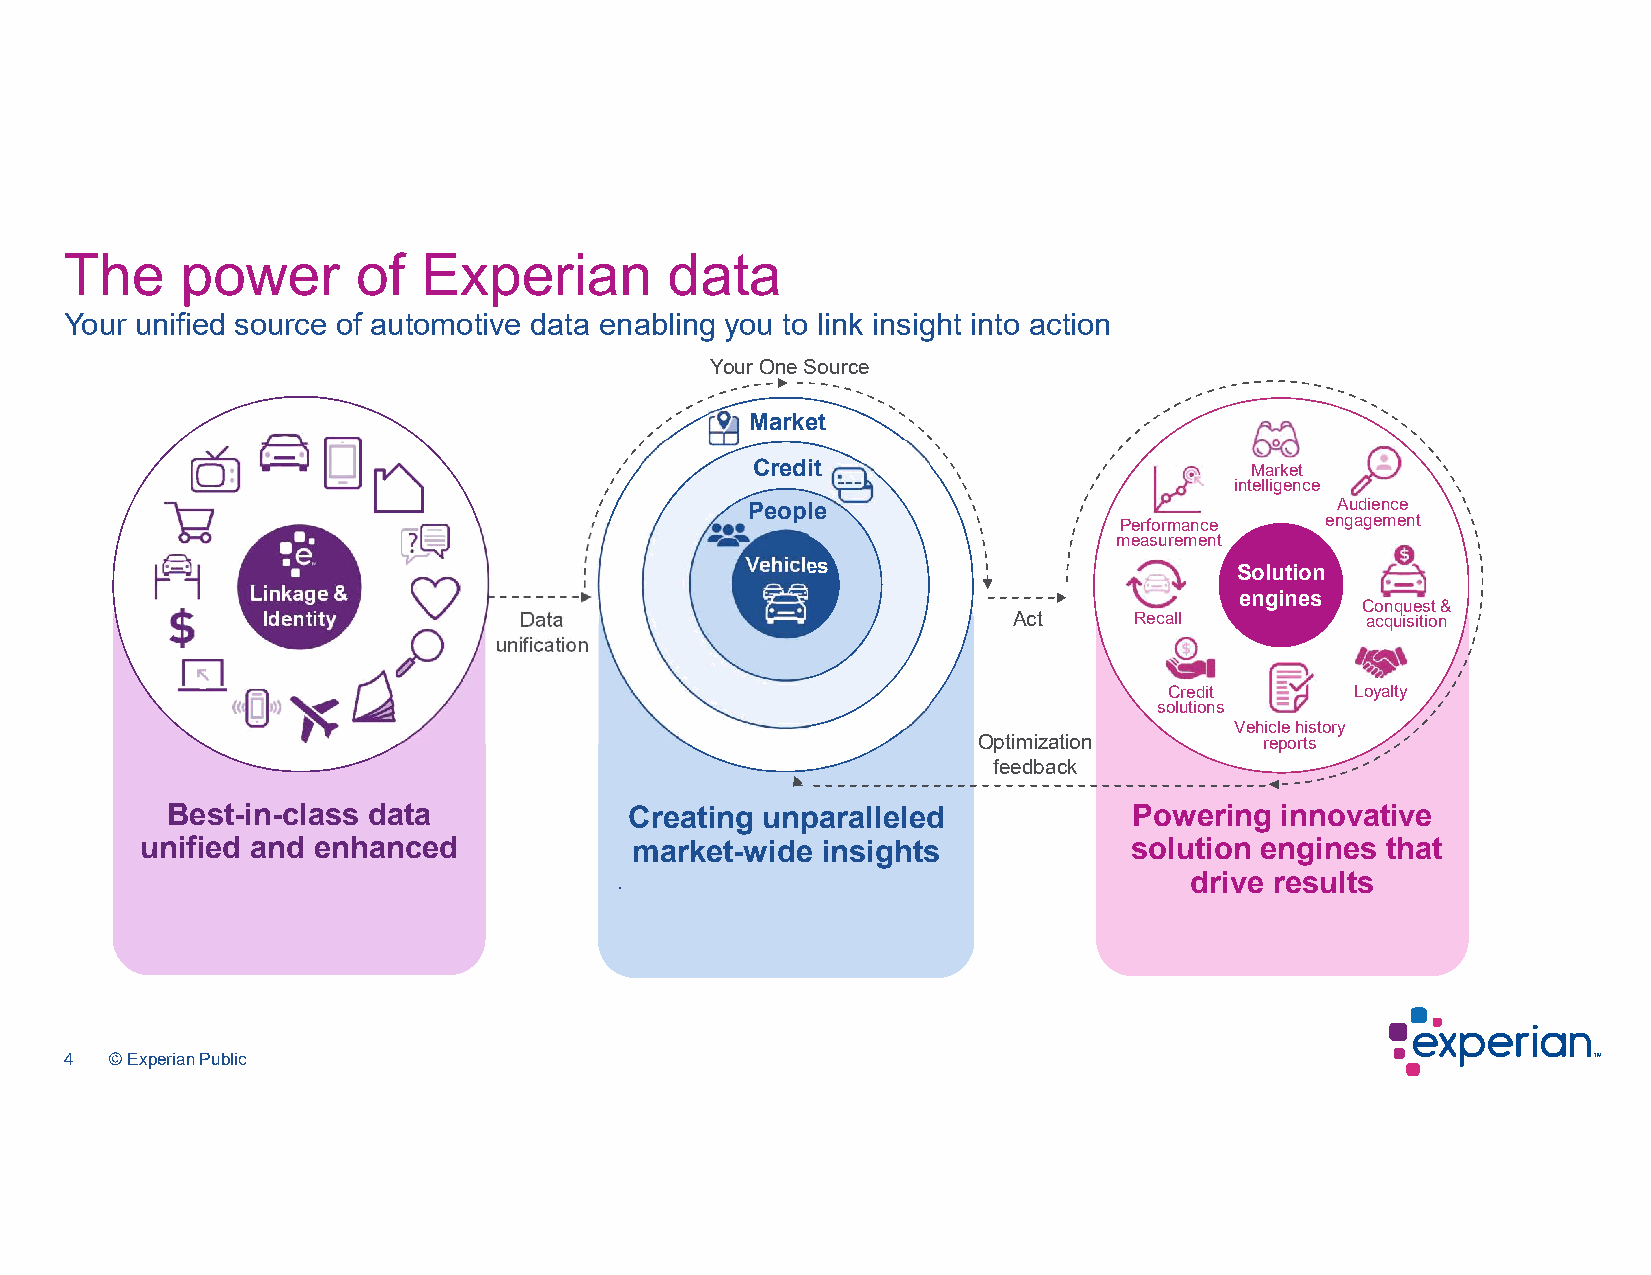
The     power       of  Experian        data
 Your unified source of automotive data enabling you to link insight into action
 Your One Source
 Market
 Credit                           Market
 intelligence
 People                                 Audience
 Performance   engagement
 measurement
 Vehicles                         Solution
 Linkage &                                                        engines
 Conquest &
 Identity         Data                             Act     Recall         acquisition
 unification
 Credit       Loyalty
 solutions
 Vehicle history
 Optimization       reports
 feedback
 Best-in-class data             Creating unparalleled            Powering  innovative
 unified and enhanced             market-wide insights             solution engines that
 .                                     drive results
 4  © Experian Public